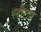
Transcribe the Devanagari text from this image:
लौटए